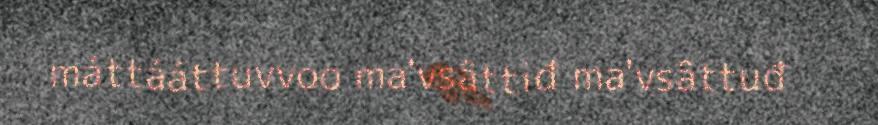
máttááttuvvoo ma'vsâttiđ ma'vsâttuđ